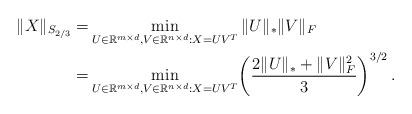
LaTeX: \begin{align*}\|X\|_{S_{2/3}}=&\min_{U\in\mathbb{R}^{m\times d},V\in\mathbb{R}^{n\times d}:X=UV^{T}}\|U\|_{*}\|V\|_{F}\\=&\min_{U\in\mathbb{R}^{m\times d},V\in\mathbb{R}^{n\times d}:X=UV^{T}}\!\left(\frac{2\|U\|_{*}+\|V\|^{2}_{F}}{3}\right)^{3/2}.\end{align*}